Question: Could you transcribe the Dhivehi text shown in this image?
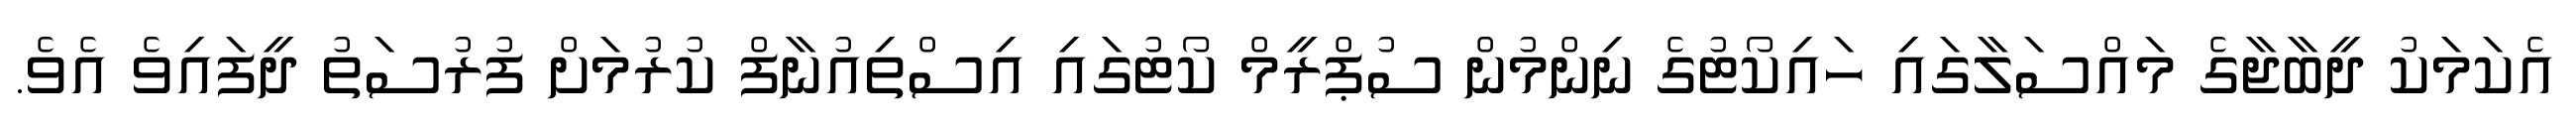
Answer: އެކަމަކު ދީބާޖާގެ މައްސަލާގައި ހައިކޯޓުގެ ނިންމުން ސުޕްރީމް ކޯޓުގައި އިސްތިއުނާފް ކުރުމަށް ފުރުސަތު ދީފައިވެ އެވެ.